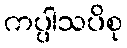
ကပ္ပါသပိစု